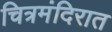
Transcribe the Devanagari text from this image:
चित्रमंदिरात